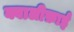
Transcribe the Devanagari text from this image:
क्वालीफ़ाई